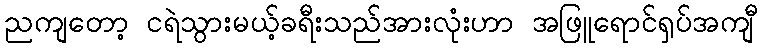
ညကျတော့ ငရဲသွားမယ့်ခရီးသည်အားလုံးဟာ အဖြူရောင်ရှပ်အကျီ